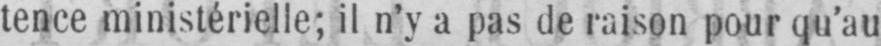
tence ministérielle; il n’y a pas de raison pour qu’au